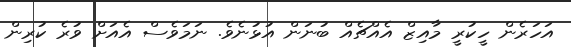
އަހަރެން ހީކުރީ މާއިޒް އެއްޗެއް ބުނަން އުޅުނެވެ. ނަމަވެސް އެއަށް ވުރެ ކުރިން